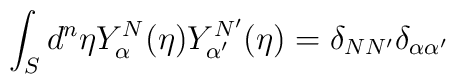
\int_S d^{n}{\eta}Y_{\alpha}^N(\eta)Y_{\alpha'}^{N'}(\eta) =\delta_{NN'}\delta_{\alpha \alpha'}